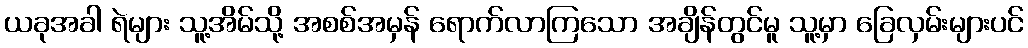
ယခုအခါ ရဲများ သူ့အိမ်သို့ အစစ်အမှန် ရောက်လာကြသော အချိန်တွင်မူ သူ့မှာ ခြေလှမ်းများပင်